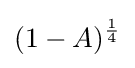
(1-A)^{1 \over 4}